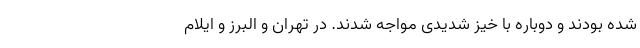
شده بودند و دوباره با خیز شدیدی مواجه شدند. در تهران و البرز و ایلام